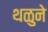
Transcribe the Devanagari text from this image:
थळुने